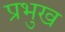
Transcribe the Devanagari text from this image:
प्रभुख